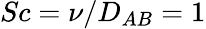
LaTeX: Sc=\nu/D_{AB}=1